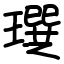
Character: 𤩄